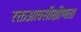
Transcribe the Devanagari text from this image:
रक्तआक्सीक्षीणता